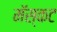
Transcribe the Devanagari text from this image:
मॅस्कट